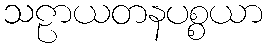
သဠာယတနပစ္စယာ